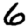
Digit: 6